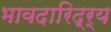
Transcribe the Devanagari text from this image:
भावदारिद्र्य